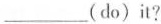
___ (do)it?